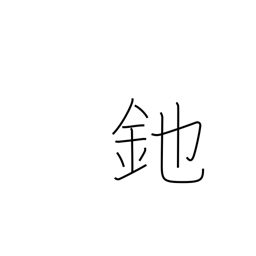
Meaning: halberd